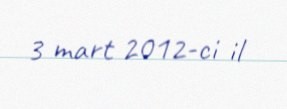
3 mart 2012-ci il